Annual administration report of the Civil Veterinary Department of India - 1897-1898
Year: 1897
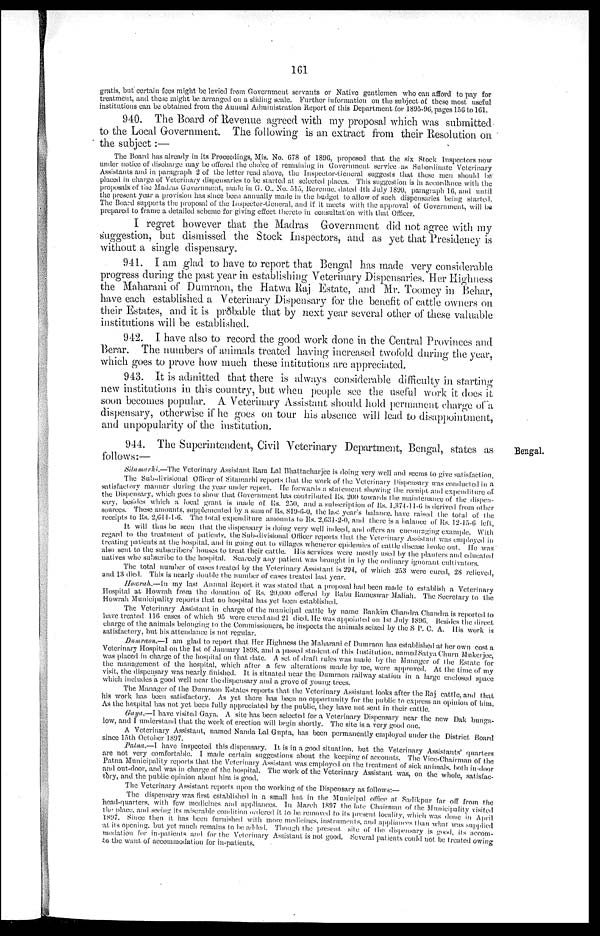
161
gratis, but certain fees might be levied from Government servants or Native gentlemen who can afford to pay for
treatment, and those might be arranged on a sliding scale. Further information on the subject of these most useful
institutions can be obtained from the Annual Administration Report of this Department for 1895-96, pages 156 to 161.
940. The Board of Revenue agreed with my proposal which was submitted
to the Local Government. The following is an extract from their Resolution on
the subject:—
The Board has already in its Proceedings, Mis. No. 678 of 1896, proposed that the six Stock Inspectors now
under notice of discharge may be offered the choice of remaining in Government service as Subordinate Veterinary
Assistants and in paragraph 2 of the letter read above, the Inspector-General suggests that these men should be
placed in charge of Veterinary dispensaries to be started at selected places. This suggestion is in accordance with the
proposals of the Madras Government, made in G. O., No. 515, Revenue, dated 4th July 1890, paragraph 16, and until
the present year a provision has since been annually made in the budget to allow of such dispensaries being started.
The Board supports the proposal of the Inspector-General, and if it meets with the approval of Government, will be
prepared to frame a detailed scheme for giving effect thereto in consultation with that Officer.
I regret however that the Madras Government did not agree with my
suggestion, but dismissed the Stock Inspectors, and as yet that Presidency is
without a single dispensary.
941. I am glad to have to report that Bengal has made very considerable
progress during the past year in establishing Veterinary Dispensaries. Her Highness
the Maharani of Dumraon, the Hatwa Raj Estate, and Mr. Toomey in Behar,
have each established a Veterinary Dispensary for the benefit of cattle owners on
their Estates, and it is probable that by next year several other of these valuable
institutions will be established.
942. I have also to record the good work done in the Central Provinces and
Berar. The numbers of animals treated having increased twofold during the year,
which goes to prove how much these intitutions are appreciated.
943. It is admitted that there is always considerable difficulty in starting
new institutions in this country, but when people see the useful work it does it
soon becomes popular. A Veterinary Assistant should hold permanent charge of a
dispensary, otherwise if he goes on tour his absence will lead to disappointment,
and unpopularity of the institution.
Bengal.
944. The Superintendent, Civil Veterinary Department, Bengal, states as
follows:—
Sitamarhi.—The Veterinary Assistant Ram Lal Bhattacharjce is doing very well and seems to give satisfaction.
The Sub-divisional Officer of Sitamarhi reports that the work of the Veterinary Dispensary was conducted in a
satisfactory manner during the year under report. He forwards a statement showing the receipt and expenditure of
the Dispensary, which goes to show that Government has contributed Rs. 200 towards the maintenance of the dispen-
sary, besides which a local grant is made of Rs. 250, and a subscription of Rs. 1,374-11-6 is derived from other
sources. These amounts, supplemented by a sum of Rs. 819-6-0, the last year's balance, have raised the total of the
receipts to Rs. 2,644-1-6. The total expenditure amounts to Rs. 2,631-2-0, and there is a balance of Rs. 12-15-6 left.
It will thus be seen that the dispensary is doing very well indeed, and offers an encouraging example. With
regard to the treatment of patients, the Sub-divisional Officer reports that the Veterinary Assistant was employed in
treating patients at the hospital, and in going out to villages whenever epidemics of cattle disease broke out. He was
also sent to the subscribers houses to treat their cattle. His services were mostly used by the planters and educated
natives who subscribe to the hospital. Scarcely any patient was brought in by the ordinary ignorant cultivators.
The total number of cases treated by the Veterinary Assistant is 294, of which 253 were cured, 28 relieved,
and 13 died. This is nearly double the number of cases treated last year.
Howrah.—In my last Annual Report it was stated that a proposal had been made to establish a Veterinary
Hospital at Howrah from the donation of Rs. 20,000 offered by Babu Rameswar Maliah. The Secretary to the
Howrah Municipality reports that no hospital has yet been established.
The Veterinary Assistant in charge of the municipal cattle by name Bankim Chandra Chandra is reported to
have treated 116 cases of which 95 were cured and 21 died. He was appointed on 1st July 1896. Besides the direct
charge of the animals belonging to the Commissioners, he inspects the animals seized by the S P. C. A. His work is
satisfactory, but his attendance is not regular.
Dumraon.—I am glad to report that Her Highness the Maharani of Dumraon has established at her own cost a
Veterinary Hospital on the 1st of January 1898. and a passed student of this Institution, named Satya Churn Mukerjee,
was placed in charge of the hospital on that date. A set of draft rules was made by the Manager of the Estate for
the management of the hospital, which after a few alterations made by me, were approved. At the time of my
visit, the dispensary was nearly finished. It is situated near the Dumraon railway station in a large enclosed space
which includes a good well near the dispensary and a grove of young trees.
The Manager of the Dumraon Estates reports that the Veterinary Assistant looks after the Raj cattle, and that
his work has been satisfactory. As yet there has been no opportunity for the public to express an opinion of him.
As the hospital has not yet been fully appreciated by the public, they have not sent in their cattle.
Gaya.—I have visited Gaya. A site has been selected for a Veterinary Dispensary near the new Dak bunga-
low, and I understand that the work of erection will begin shortly. The site is a very good one.
A Veterinary Assistant, named Nanda Lal Gupta, has been permanently employed under the District Board
since 15th October 1897.
Patna.—I have inspected this dispensary. It is in a good situation, but the Veterinary Assistants' quarters
are not very comfortable. I made certain suggestions about the keeping of accounts. The Vice-Chairman of the
Patna Municipality reports that the Veterinary Assistant was employed on the treatment of sick animals, both in-door
and out-door, and was in charge of the hospital. The work of the Veterinary Assistant was, on the whole satisfac-
tory, and the public opinion about him is good.
The Veterinary Assistant reports upon the working of the Dispensary as follows:—
The dispensary was first established in a small hut in the Municipal office at Sadikpur far off from the
head-quarters. with few medicines and appliances. In March 1897 the Into Chairman of the Municipality visited
the place, and seeing its miserable condition ordered it to be removed to its present locality, which was done in April
1897. Since then it has been furnished with more medicines, instruments, and appliauces than what was supplied
at its opening, but yet much remains to be added. Though the present site of the dispensary is good, its accom-
modation for in-patients and for the Veterinary Assistant is not good. Several patients could not be treated owing
to the want of accommodation for in-patients.